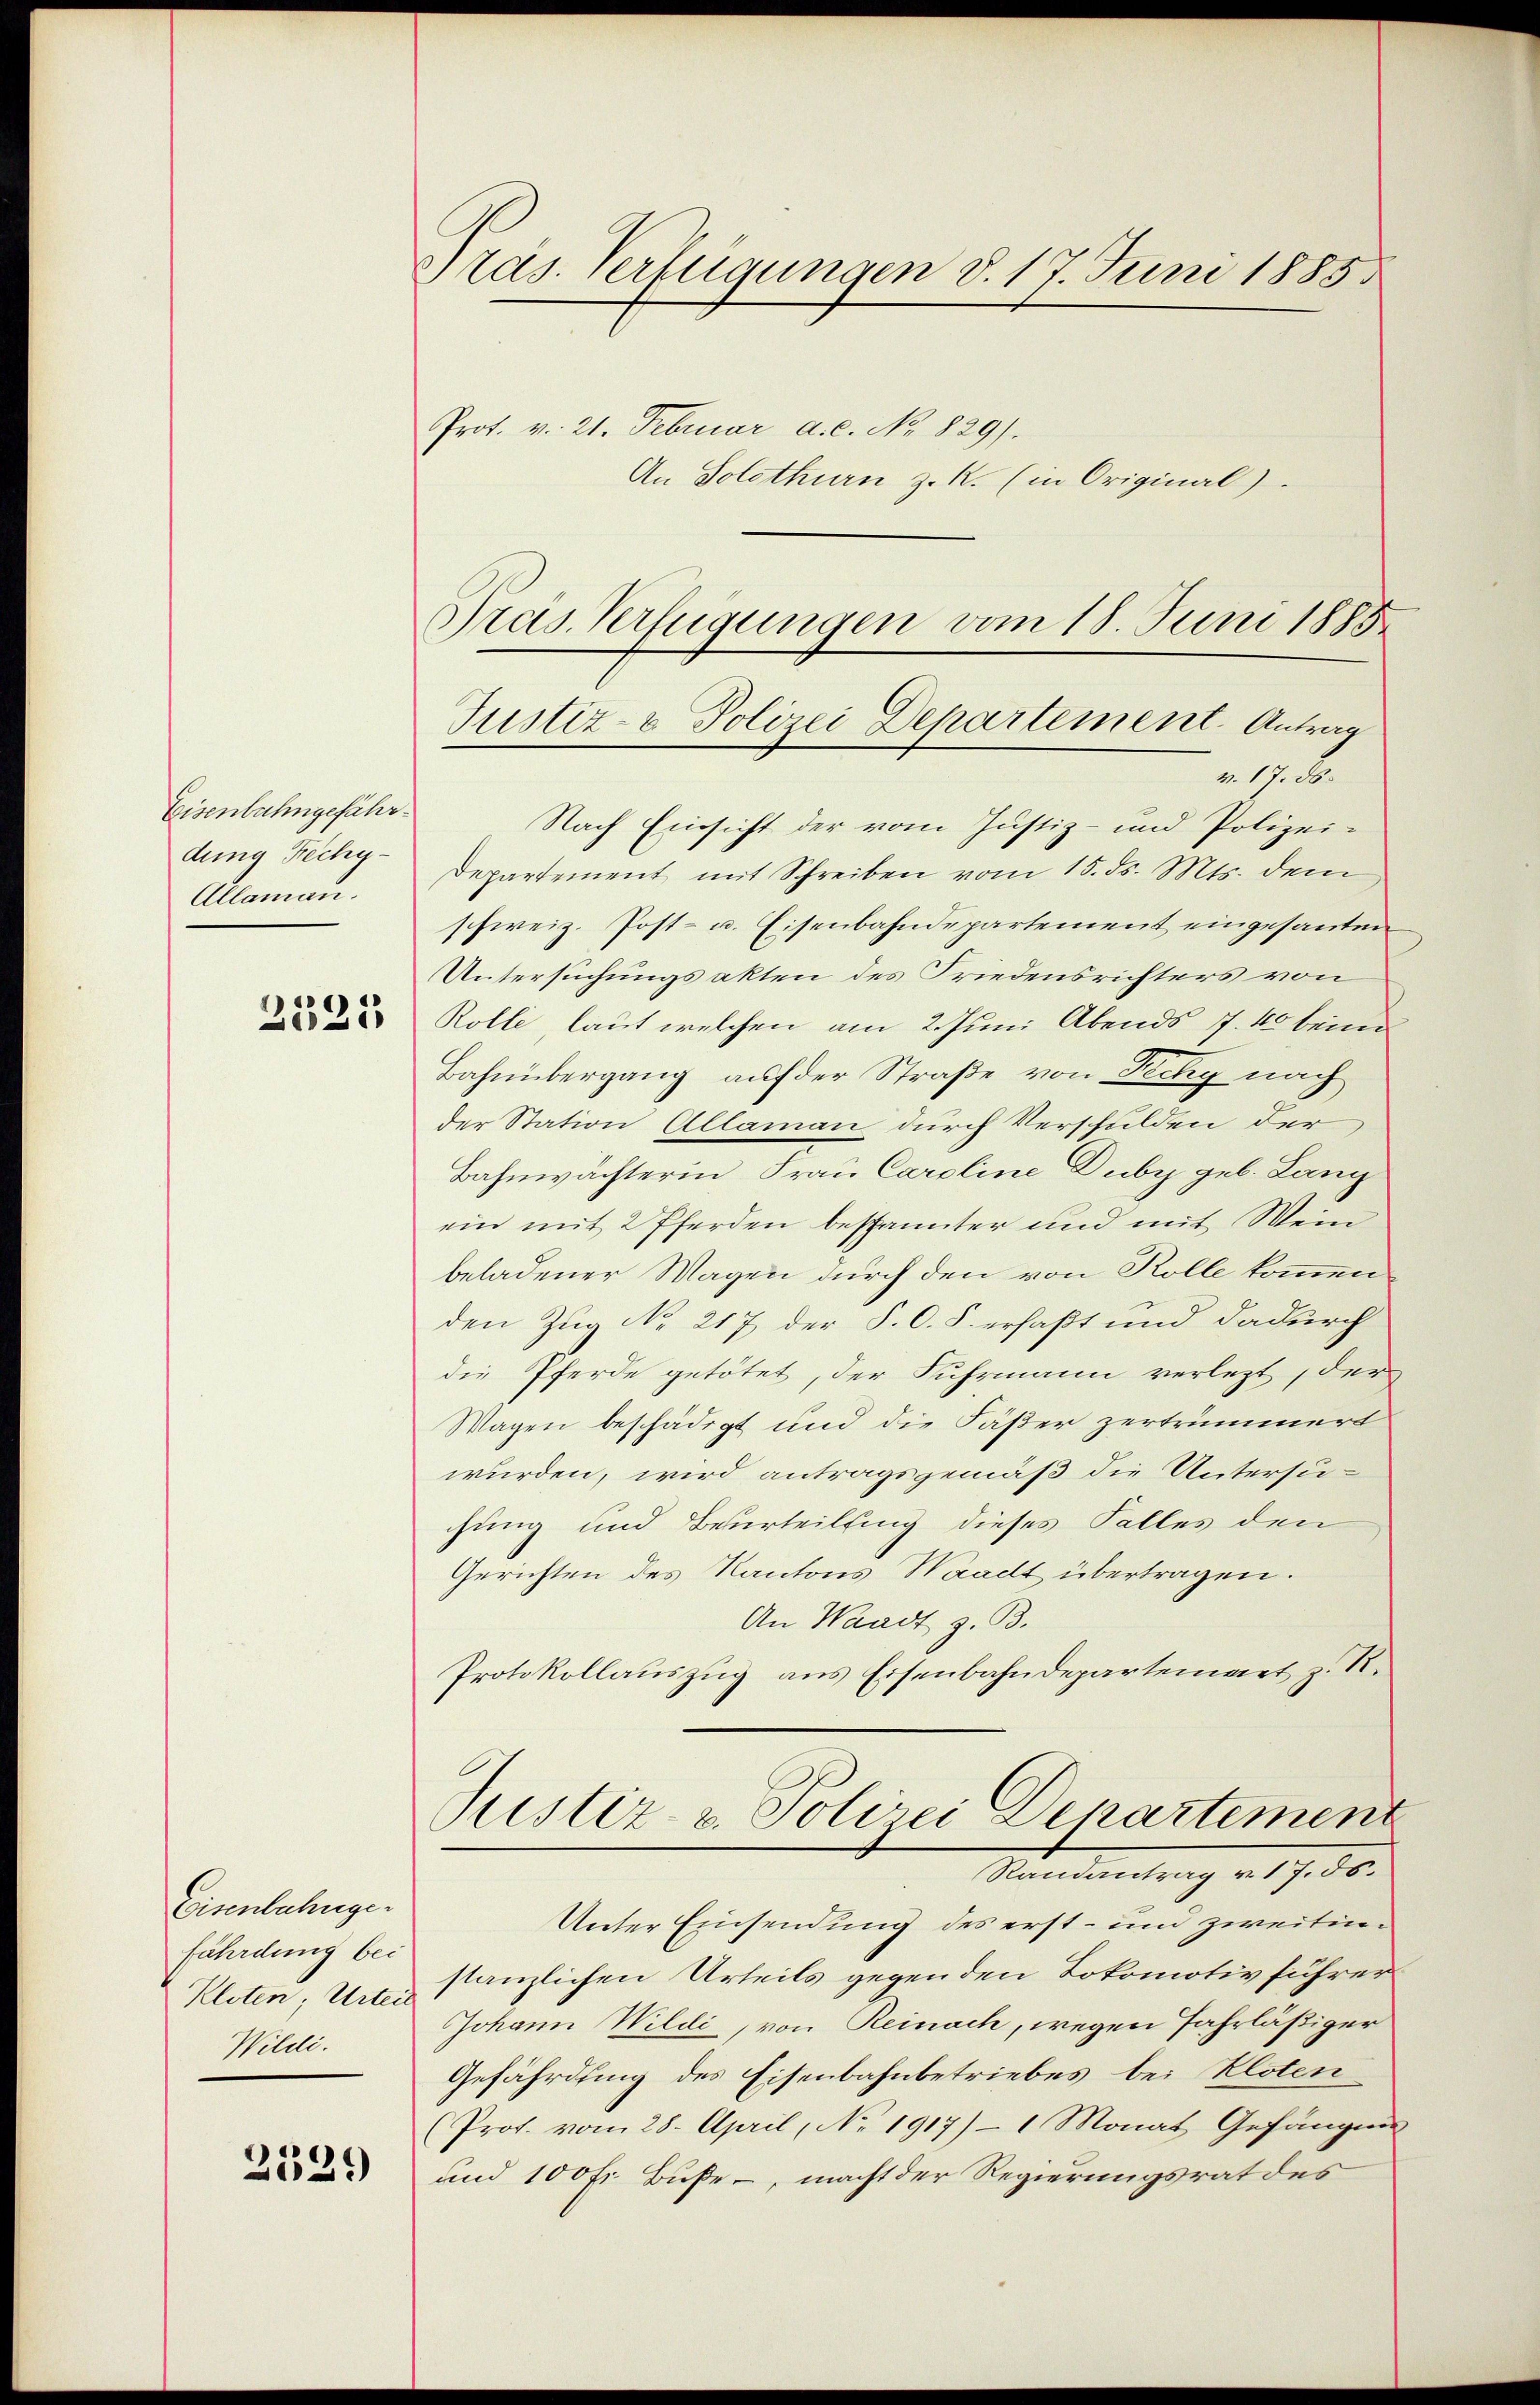
Eisenbahngefährdung Fechy.
Allaman.

2325

Eisenbahngefährdung bei
Kloten, Urteil
Wildi.

2529

Pras. Verfügungen d. 17. Juni 1885

Prot. v. 21. Februar a.c. No. 829).
An Solothurn z. R. (in Original)
Gras Verfügungen vom 18. Juni 1885

Justiz- & Polizei Departement. Antrag
v. 17. ds.

Nach Einsicht der vom Justiz- und Polizei¬
Departement mit Schreiben vom 15. ds. Mts. dem
schweiz. Post- u. Eisenbahndepartement eingesanden
Untersuchungsakten des Friedensrichters von
Rolle, laut welchen am 2. Juni Abends 7. 40 beim
Bahnübergang auf der Straße von Techy nach
der Station Allaman durch Verschulden der
Bahnwächterin Frau Caroline Duby geb. Lang
ein mit 2 Pferden bespannter und mit Wein
beladener Magen durch den von Rolle kommen
den Zug No 217 der P. O. S. erfaßt und dadurch
die Pferde getötet, der Fuhrmann verletzt, der
Wagen beschädigt und die Fäßer zertrümmert
wurden, wird antragsgemäß die Untersuchung und Beurteilung dieses Falles den
Gerichten des Kantons Waadt übertragen.
An Waadt z. B.
Protokollauszug aus Eisenbahndepartement z. R.
Justiz- & Polizei Departement
Mandantung v. 17. 50.
Unter Einsendung des erst- und zweitinstanzlichen Urteils gegenden Lokomotiv führer
Johann Wildi, von Reinach, wegen Jahrläßiger
Gefährdung des Eisenbahnbetriebes bei Kloten
(Prof. vom 28. April, No 1917) - 1 Monat Gefängen
und 100 fr. Buße, macht der Regierungsrat des